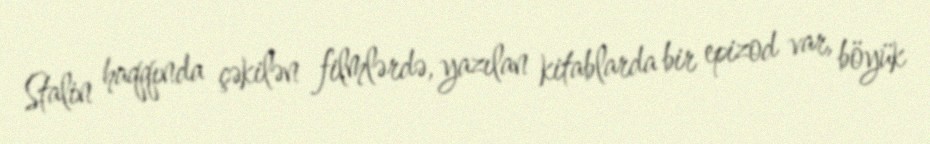
Stalin haqqında çəkilən filmlərdə, yazılan kitablarda bir epizod var, böyük